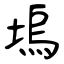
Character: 塢